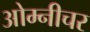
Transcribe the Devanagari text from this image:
ओम्नीचर